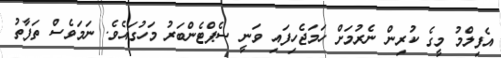
އެފިލްމު މީގެ ކުރިން ނެރުމަށް ހަމަޖެހިފައި ވަނީ ސެޕްޓެންބަރު މަހުގައެވެ. ނަމަވެސް ތަފާތު